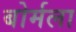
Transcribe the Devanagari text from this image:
बोर्मला